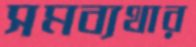
সমব্যথার